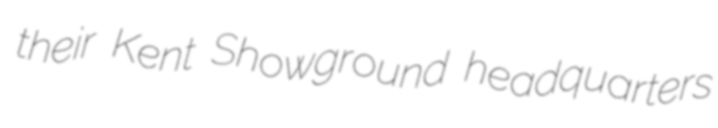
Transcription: their Kent Showground headquarters